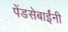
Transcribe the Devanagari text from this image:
पेंडसेबाईंनी